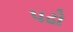
પઢો